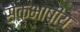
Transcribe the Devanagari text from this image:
सेेकभाषीय